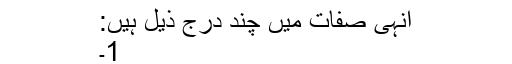
انہی صفات میں چند درج ذیل ہیں:
1۔